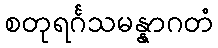
စတုရင်္ဂသမန္နာဂတံ